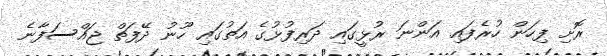
ރޮށި ފިހަން ހުރެފައި އަންނަ ރުޅީގައި ދަރިފުޅުގެ އަތުގައި ހޫނު ދޭފަތް ޖައްސަފާނެ